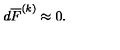
d \overline { { F } } ^ { ( k ) } \approx 0 .